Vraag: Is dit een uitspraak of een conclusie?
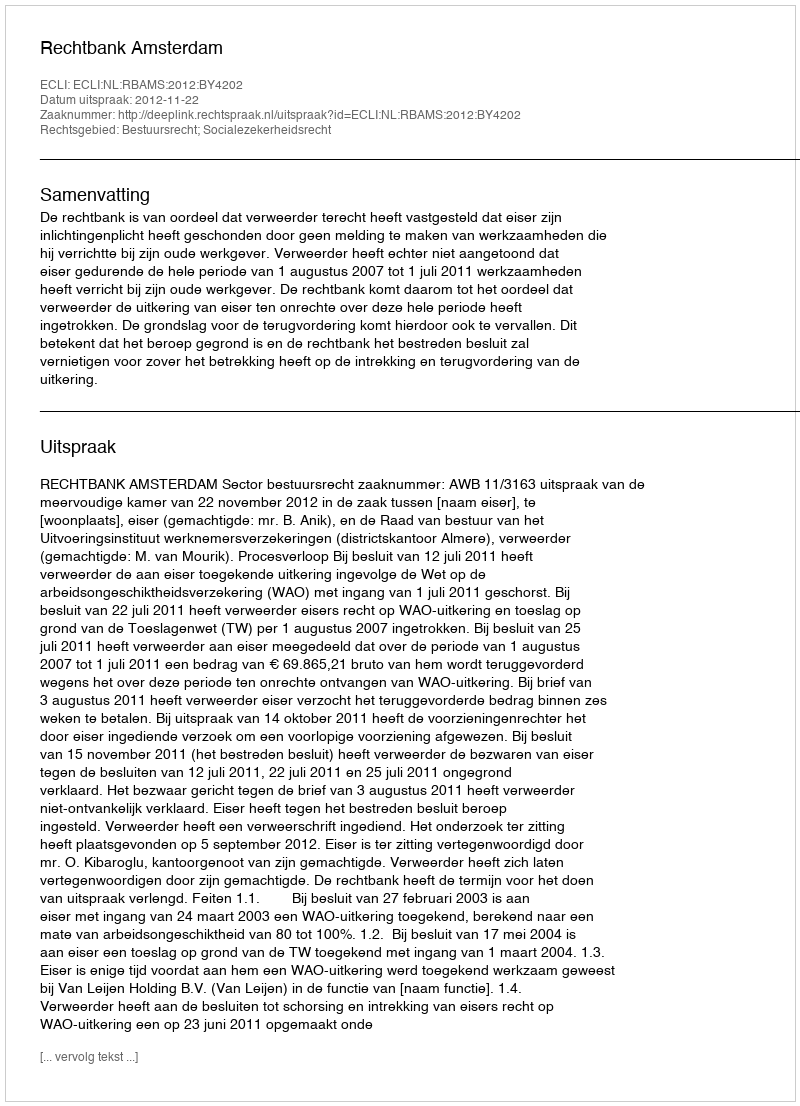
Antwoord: Uitspraak